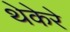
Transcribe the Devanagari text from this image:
थेकेरे